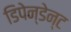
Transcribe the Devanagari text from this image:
डिपेन्डेन्ट